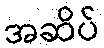
အဆိပ်